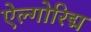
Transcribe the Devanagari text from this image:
ऐल्गोरिद्म